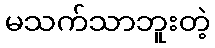
မသက်သာဘူးတဲ့